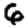
Digit: 6